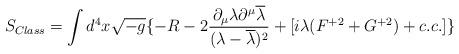
LaTeX: \begin{align*}S_{Class}=\int d^{4}x\sqrt{-g}\{-R-2\frac{\partial_{\mu}\lambda\partial^{\mu}\overline{\lambda}}{(\lambda-\overline{\lambda})^{2}} +[i\lambda (F^{+2}+ G^{+2})+c.c.]\}\end{align*}